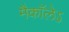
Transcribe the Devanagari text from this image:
मैकाॅलेऽ